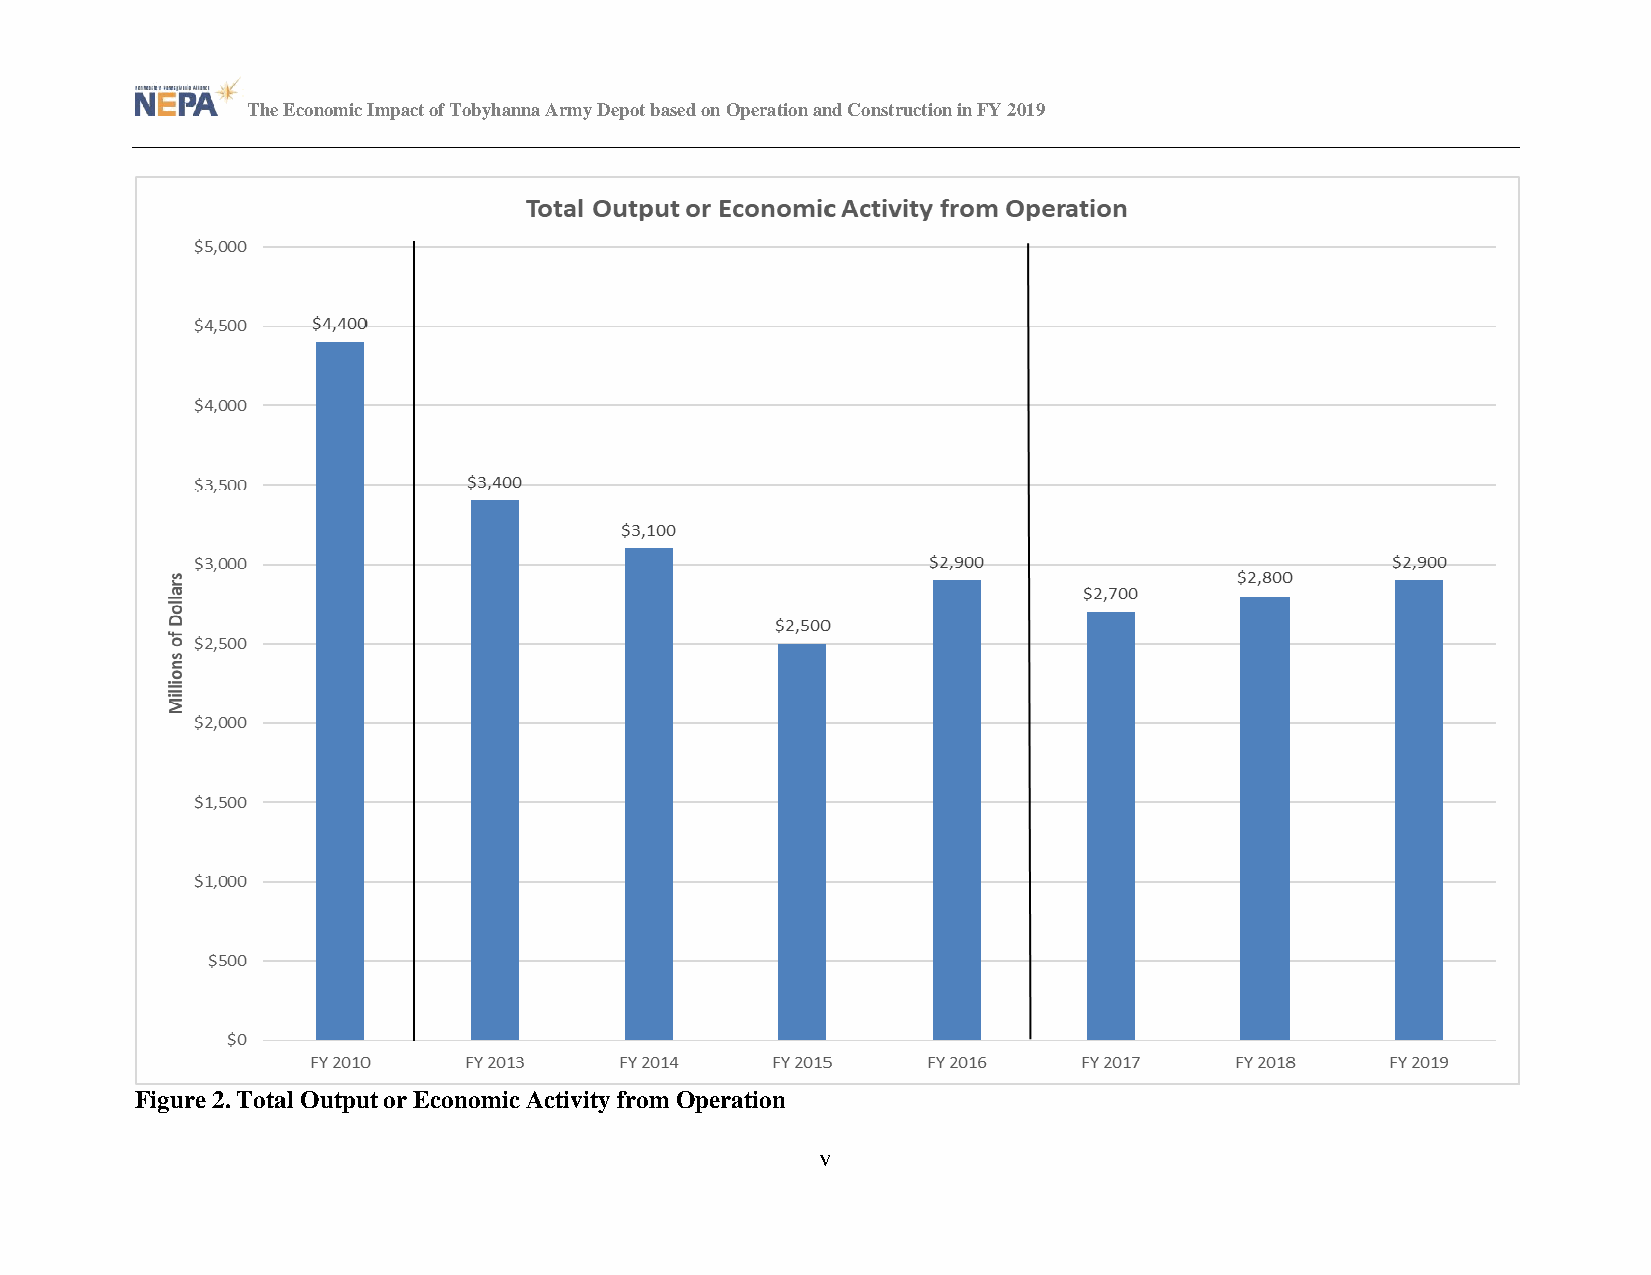
The Economic Impact of Tobyhanna Army Depot based on Operation and Construction in FY 2019
 Figure 2. Total Output or Economic Activity from Operation
 v